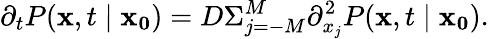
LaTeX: \partial_{t}P(\mathbf{x},t\mid\mathbf{x_{0}})=D\Sigma_{j=-M}^{M}\partial_{x_{j}}^{2}P(\mathbf{x},t\mid\mathbf{x_{0}}).